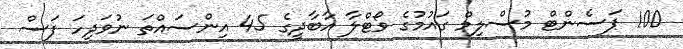
100 ޕަސެންޓް މުސްލިމް ގައުމުގެ ވޯޓްލާ އާބާދީގެ 45 އިންސައްތަ ނުވަދިހަ ފަސް